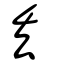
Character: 丟